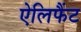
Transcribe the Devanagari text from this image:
ऐलिफैंट